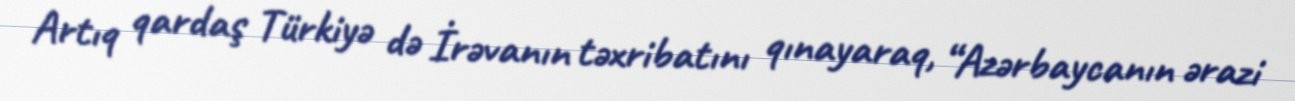
Artıq qardaş Türkiyə də İrəvanın təxribatını qınayaraq, “Azərbaycanın ərazi